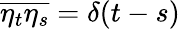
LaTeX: \overline{{\eta_{t}\eta_{s}}}=\delta(t-s)